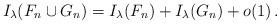
LaTeX: \begin{align*}I_\lambda(F_n \cup G_n) = I_\lambda(F_n) + I_\lambda(G_n) + o(1) \,.\end{align*}